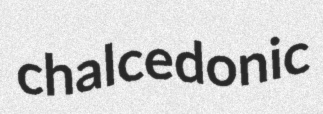
chalcedonic